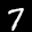
Label: 7